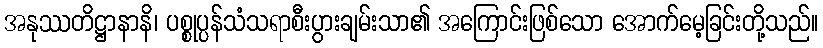
အနုဿတိဋ္ဌာနာနိ၊ ပစ္စုပ္ပန်သံသရာစီးပွားချမ်းသာ၏ အကြောင်းဖြစ်သော အောက်မေ့ခြင်းတို့သည်။